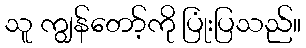
သူ ကျွန်တော့်ကို ပြုံးပြသည်။